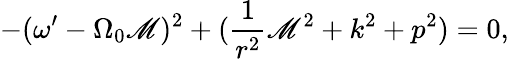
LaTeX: -(\omega^{\prime}-\Omega_{0}\mathscr{M})^{2}+(\frac{{1}}{{r^{2}}}\mathscr{M}^{2}+k^{2}+p^{2})=0,